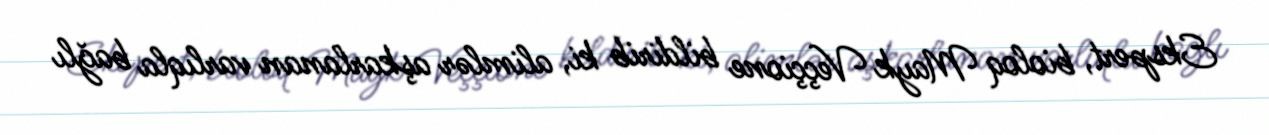
Ekspert, bioloq Mayk Veççione bildirib ki, alimlər aşkarlanan varlıqla bağlı